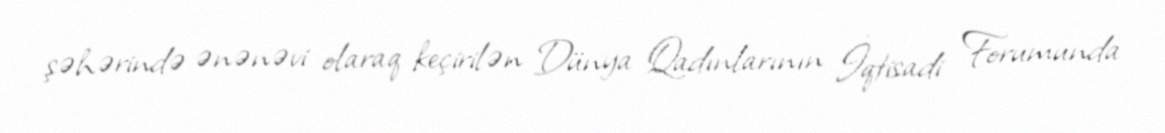
şəhərində ənənəvi olaraq keçirilən Dünya Qadınlarının İqtisadi Forumunda